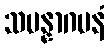
သမန္နာဂမနံ